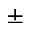
\pm